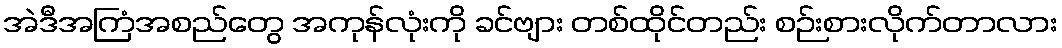
အဲဒီအကြံအစည်တွေ အကုန်လုံးကို ခင်ဗျား တစ်ထိုင်တည်း စဉ်းစားလိုက်တာလား